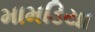
મામડિયા